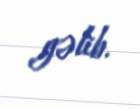
gəlib.